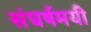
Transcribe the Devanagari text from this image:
संघर्षमयी